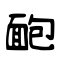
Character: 靤